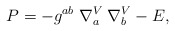
\begin{align*}P=-g^{ab} \; \nabla_{a}^{V} \; \nabla_{b}^{V}-E,\end{align*}